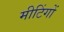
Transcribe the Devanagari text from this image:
मीटिंगों